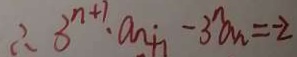
\therefore 3 ^ { n + 1 } \cdot a _ { n + 1 } - 3 ^ { n } a _ { n } = - 2